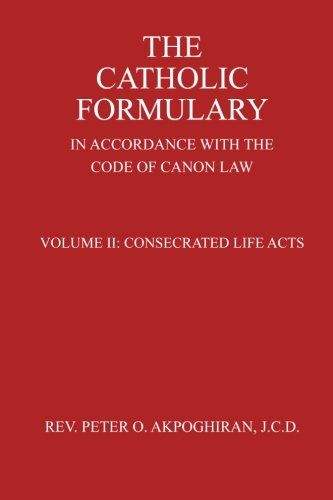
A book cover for The Catholic Formulary: In Accordance with the Code of Canon Law (Consecrated Life Acts) (Volume 2); Rev. Peter O. Akpoghiran J.C.D.; Christian Books & Bibles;